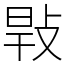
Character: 㪋